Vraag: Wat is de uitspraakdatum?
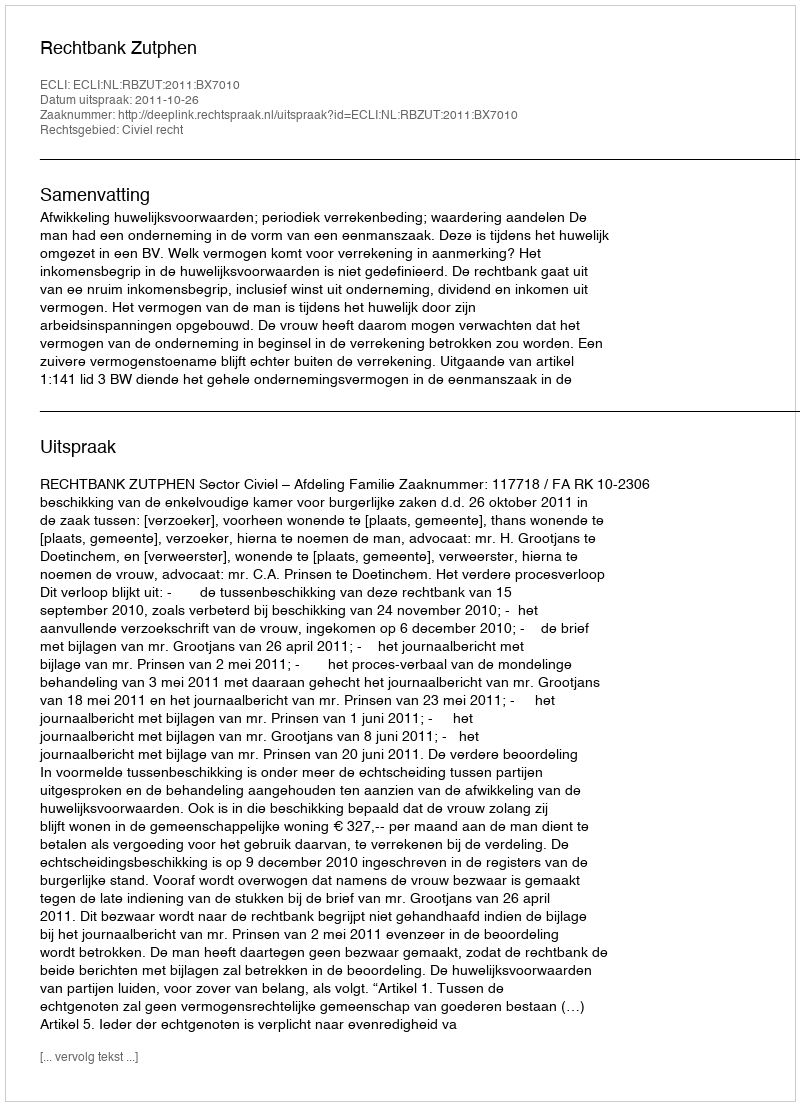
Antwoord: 2011-10-26